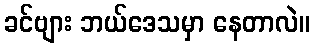
ခင်ဗျား ဘယ်ဒေသမှာ နေတာလဲ။